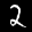
Label: 2